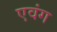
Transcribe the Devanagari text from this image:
एवंग